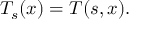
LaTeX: T _ { s } ( x ) = T ( s , x ) .